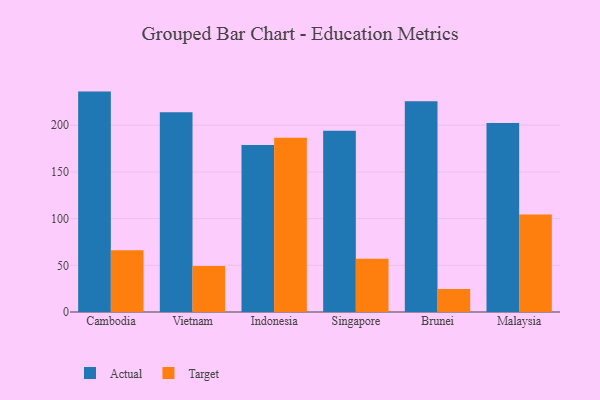
{"axis": {"x": "Country", "y": "Demand Index"}, "legend": ["Actual", "Target"], "data": [{"x": "Cambodia", "y": 236.0, "type": "Actual"}, {"x": "Cambodia", "y": 66.1, "type": "Target"}, {"x": "Vietnam", "y": 214.0, "type": "Actual"}, {"x": "Vietnam", "y": 49.2, "type": "Target"}, {"x": "Indonesia", "y": 178.9, "type": "Actual"}, {"x": "Indonesia", "y": 186.5, "type": "Target"}, {"x": "Singapore", "y": 194.0, "type": "Actual"}, {"x": "Singapore", "y": 57.0, "type": "Target"}, {"x": "Brunei", "y": 225.8, "type": "Actual"}, {"x": "Brunei", "y": 24.6, "type": "Target"}, {"x": "Malaysia", "y": 202.4, "type": "Actual"}, {"x": "Malaysia", "y": 104.5, "type": "Target"}]}